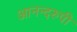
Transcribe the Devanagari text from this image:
आनन्दरुपी